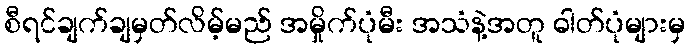
စီရင်ချက်ချမှတ်လိမ့်မည် အမှိုက်ပုံမီး အသံနဲ့အတူ ဓါတ်ပုံများမှ